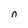
Character: n